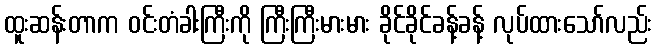
ထူးဆန်းတာက ဝင်းတံခါးကြီးကို ကြီးကြီးမားမား ခိုင်ခိုင်ခန့်ခန့် လုပ်ထားသော်လည်း